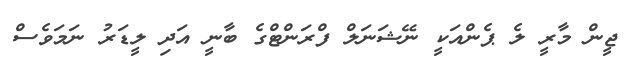
ޖީން މާރީ ލެ ޕެންއަކީ ނޭޝަނަލް ފްރަންޓްގެ ބާނީ އަދި ލީޑަރު ނަމަވެސް